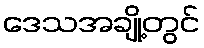
ဒေသအချို့တွင်